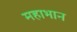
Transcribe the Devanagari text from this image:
महाभान